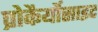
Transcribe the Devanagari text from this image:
प्रोकैर्योसाइट